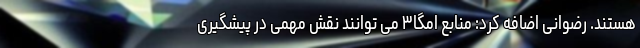
هستند. رضوانی اضافه کرد: منابع امگا۳ می توانند نقش مهمی در پیشگیری